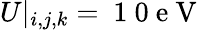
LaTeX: U|_{i,j,k}=\mathrm{~1~0~e~V~}